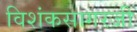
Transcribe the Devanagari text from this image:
विशंकसागरजी